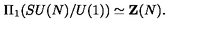
\Pi _ { 1 } ( S U ( N ) / U ( 1 ) ) \simeq { \bf Z } ( N ) .